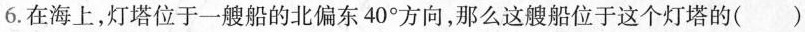
6.在海上，灯塔位于一艘船的北偏东40°方向，那么这艘船位于这个灯塔的( )